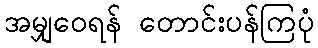
အမျှဝေရန် တောင်းပန်ကြပုံ